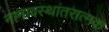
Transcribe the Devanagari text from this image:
नानावस्थांतरात्मक